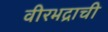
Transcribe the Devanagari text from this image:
वीरभद्राची